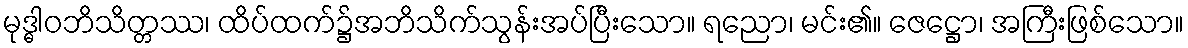
မုဒ္ဓါဝဘိသိတ္တဿ၊ ထိပ်ထက်၌အဘိသိက်သွန်းအပ်ပြီးသော။ ရညော၊ မင်း၏။ ဇေဋ္ဌော၊ အကြီးဖြစ်သော။